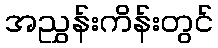
အညွှန်းကိန်းတွင်